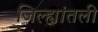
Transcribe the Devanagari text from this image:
जिल्ह्यांतली